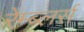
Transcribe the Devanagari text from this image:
रेम्ब्लर्स